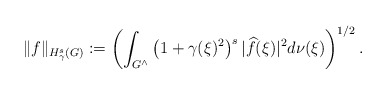
\begin{align*} \Vert f \Vert_{H^s_\gamma(G)} := \left( \int_{G^\wedge} \left(1+\gamma(\xi)^2 \right)^s \vert \widehat{f}(\xi) \vert^2 d\nu(\xi) \right)^{1/2}.\end{align*}